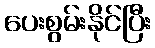
ပေးစွမ်းနိုင်ပြီး